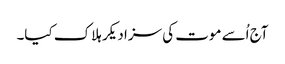
آج اُسے موت کی سزا دیکر ہلاک کیا۔